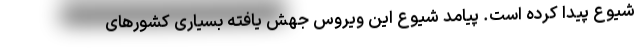
شیوع پیدا کرده است. پیامد شیوع این ویروس جهش یافته بسیاری کشورهای